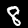
Label: 8